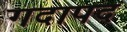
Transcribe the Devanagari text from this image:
गदापद